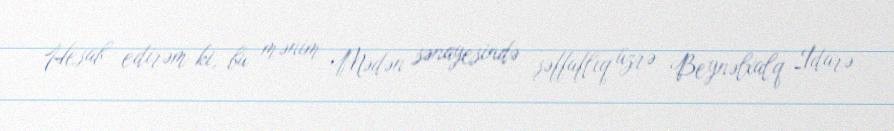
Hesab edirəm ki, bu mənim Mədən sənayesində şəffaflıq üzrə Beynəlxalq İdarə